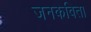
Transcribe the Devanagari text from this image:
जनकविता